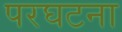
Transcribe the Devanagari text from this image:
परघटना